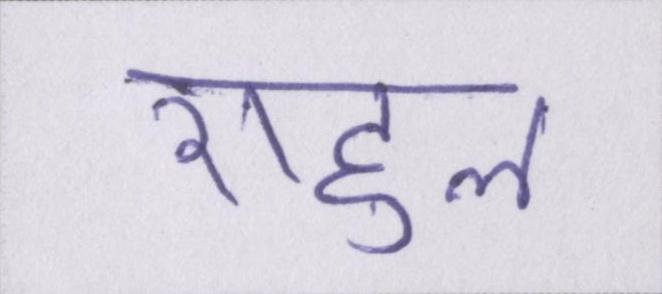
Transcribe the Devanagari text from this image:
राहुल